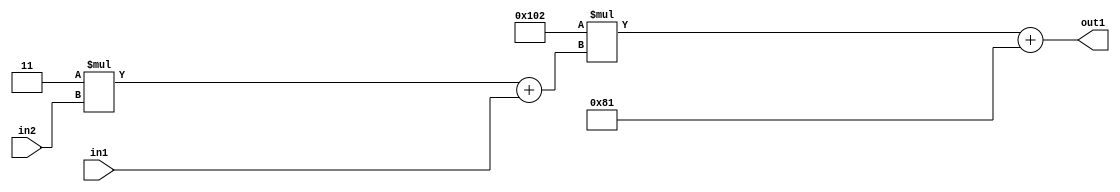
`timescale 1ps / 1ps
/*****************************************************************************
    Verilog RTL Description
    
    
    Created by: Stratus DpOpt 2019.1.01 
*******************************************************************************/

module DC_Filter_Add2i129Mul2i258Add2u1Mul2i3u2_1 (
	in2,
	in1,
	out1
	); /* architecture "behavioural" */ 
input [1:0] in2;
input  in1;
output [11:0] out1;
wire [11:0] asc001;
wire [3:0] asc002;

wire [3:0] asc002_tmp_0;
assign asc002_tmp_0 = 
	+(4'B0011 * in2);
assign asc002 = asc002_tmp_0
	+(in1);

wire [11:0] asc001_tmp_1;
assign asc001_tmp_1 = 
	+(12'B000100000010 * asc002);
assign asc001 = asc001_tmp_1
	+(12'B000010000001);

assign out1 = asc001;
endmodule

/* CADENCE  v7X0Qws= : u9/ySgnWtBlWxVPRXgAZ4Og= ** DO NOT EDIT THIS LINE ******/